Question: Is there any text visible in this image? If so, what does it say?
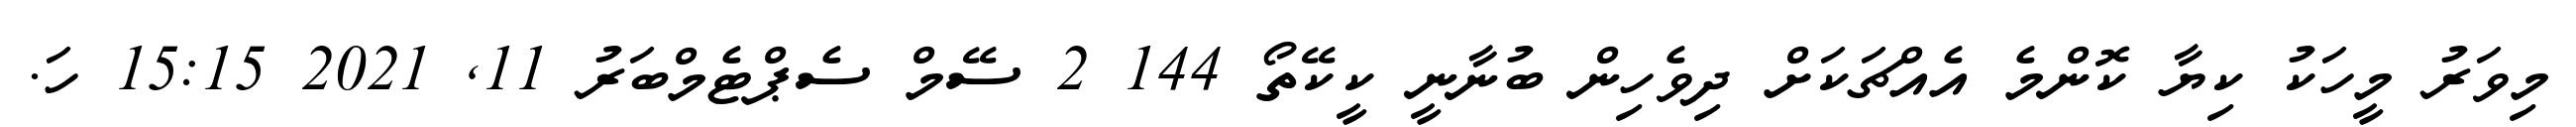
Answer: މިވަރު މީހަކު ކިޔާ ކޮންމެ އެއްޗަކަށް ދިވެހިން ބުނާނީ ކީކޭތޯ 144 2 ސޭމް ސެޕްޓެމްބަރު 11, 2021 15:15 ހަ.